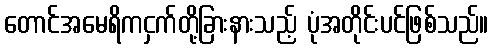
တောင်အမေရိကငှက်တို့ခြားနားသည့် ပုံအတိုင်းပင်ဖြစ်သည်။